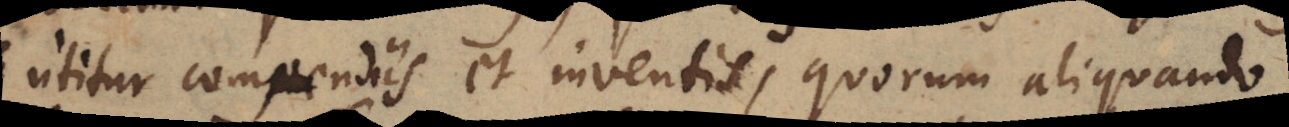
utitur compendiis et inventis, quorum aliquando